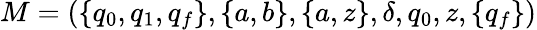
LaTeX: M=(\{ q_{0},q_{1},q_{f}\} ,\{ a,b\} ,\{ a,z\} ,\delta,q_{0},z,\{ q_{f}\} )